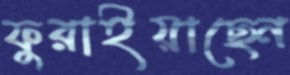
ফুরাইয়াছেন